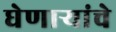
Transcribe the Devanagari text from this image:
घेणाऱ्यांचे